Annual administration report of the Civil Veterinary Department, Sind - 1943-1944
Year: 1943
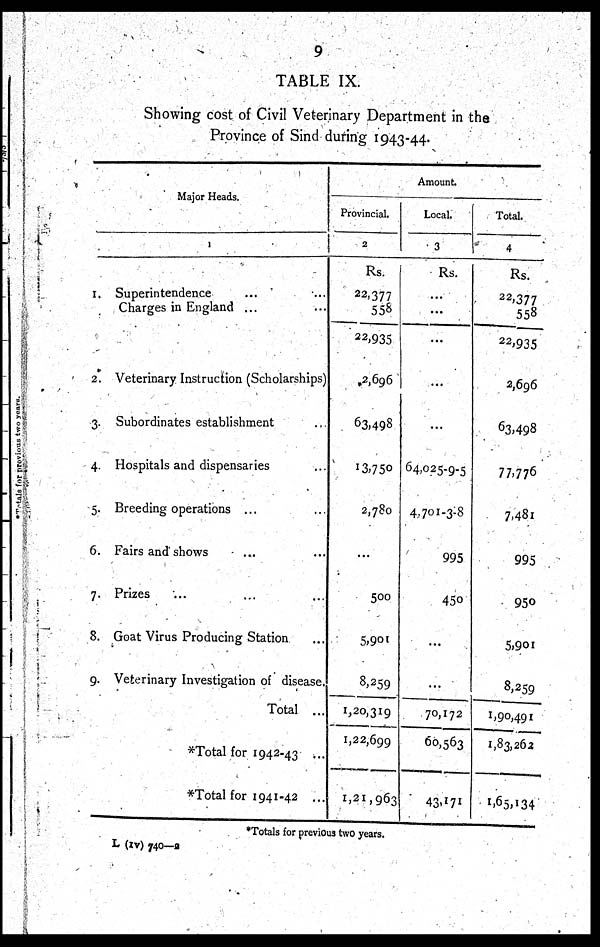
9
TABLE IX.
Showing cost of Civil Veterinary Department in the
Province of Sind during 1943-44.
Major Heads.
1
I. Superintendence ... ...
Charges in England ... ...
2. Veterinary Instruction (Scholarships)
3. Subordinates establishment ...
4. Hospitals and dispensaries ...
5. Breeding operations ... ...
6. Fairs and shows ... ...
7. Prizes ... ... ...
8. Goat Virus Producing Station ...
9. Veterinary Investigation of disease.
Total ...
*Total for 1942-43 ...
*Total for 1941-42 ...
Amount.
Provincial.
2
Rs.
22,377
558
22,935
2,696
63,498
13,750
2,780
...
500
5,901
8,259
1,20,319
1,22,699
1,21,963
Local.
3
Rs.
...
...
...
...
...
64,025-.9-5
4,701-3-8
995
450
...
...
70,172
60,563
43,171
Total.
4
Rs.
22,377
558
22,935
2,696
63,498
77,776
7,481
995
950
5,901
8,259
1,90,491
1,83,262
1,65,134
Totals for previous two years.
L (IV) 740—2